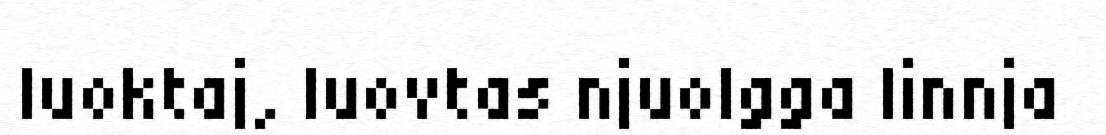
luoktaj, luovtas njuolgga linnja